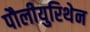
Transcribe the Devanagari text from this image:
पौलीयुरिथेन